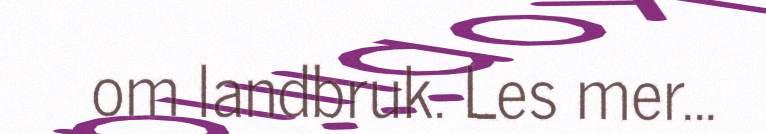
om landbruk. Les mer...